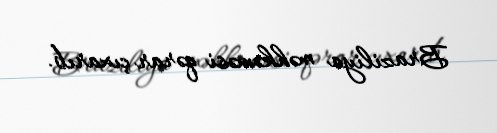
Braziliya məhkəməsi qərar çıxarıb.